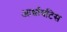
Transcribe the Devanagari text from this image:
आर्थ्रायटिस